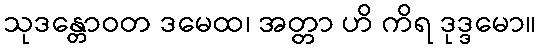
သုဒန္တောဝတ ဒမေထ၊ အတ္တာ ဟိ ကိရ ဒုဒ္ဒမော။